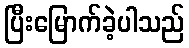
ပြီးမြောက်ခဲ့ပါသည်